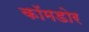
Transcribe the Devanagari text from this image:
कॉमडोर